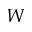
W